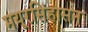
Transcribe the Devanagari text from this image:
मयूरसिंहासन